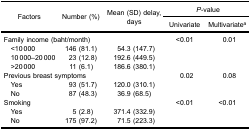
| <ROWSPAN=3> Factors | <ROWSPAN=3> Number (%) | <ROWSPAN=3> Mean (SD) delay,days | <COLSPAN=2> P-value |
 | Univariate | Multivariatea |
 | --- | --- | --- | --- | --- |
 | <COLSPAN=3> Family income (baht/month) | <0.01 | 0.01 |
 | <10 000 | 146 (81.1) | 54.3 (147.7) |  |  |
 | 10 000–20 000 | 23 (12.8) | 192.6 (449.5) |  |  |
 | >20 000 | 11 (6.1) | 186.6 (380.1) |  |  |
 | <COLSPAN=3> Previous breast symptoms | 0.02 | 0.08 |
 | Yes | 93 (51.7) | 120.0 (310.1) |  |  |
 | No | 87 (48.3) | 36.9 (68.5) |  |  |
 | <COLSPAN=3> Smoking | <0.01 | <0.01 |
 | Yes | 5 (2.8) | 371.4 (332.9) |  |  |
 | No | 175 (97.2) | 71.5 (223.3) |  |  |